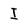
Character: I